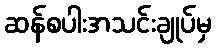
ဆန်စပါးအသင်းချုပ်မှ